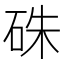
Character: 硃